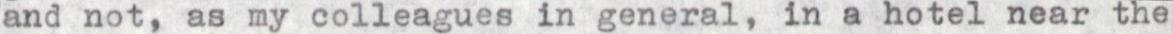
and not, as my colleagues in general, in a hotel near the